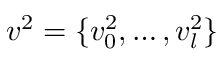
v ^ { 2 } = \{ v _ { 0 } ^ { 2 } , \ldots , v _ { l } ^ { 2 } \}